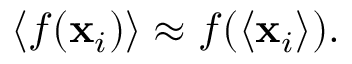
\begin{array} { r } { \langle f ( \mathbf { x } _ { i } ) \rangle \approx f ( \langle \mathbf { x } _ { i } \rangle ) . } \end{array}